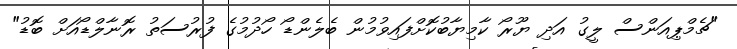
"ޗެމްޕިއަންސް ލީގު އަދި ޔޫރޯ ކާމިޔާބުކޮށްފައިވުމުން ބެލެންޑޯ ހޯދުމުގެ ފުރުސަތު ރޮނާލްޑޯއަށް ބޮޑު"